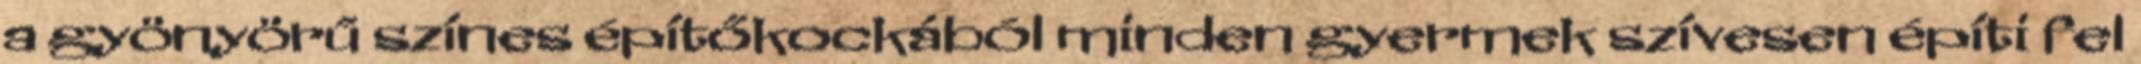
a gyönyörű színes építőkockából minden gyermek szívesen építi fel